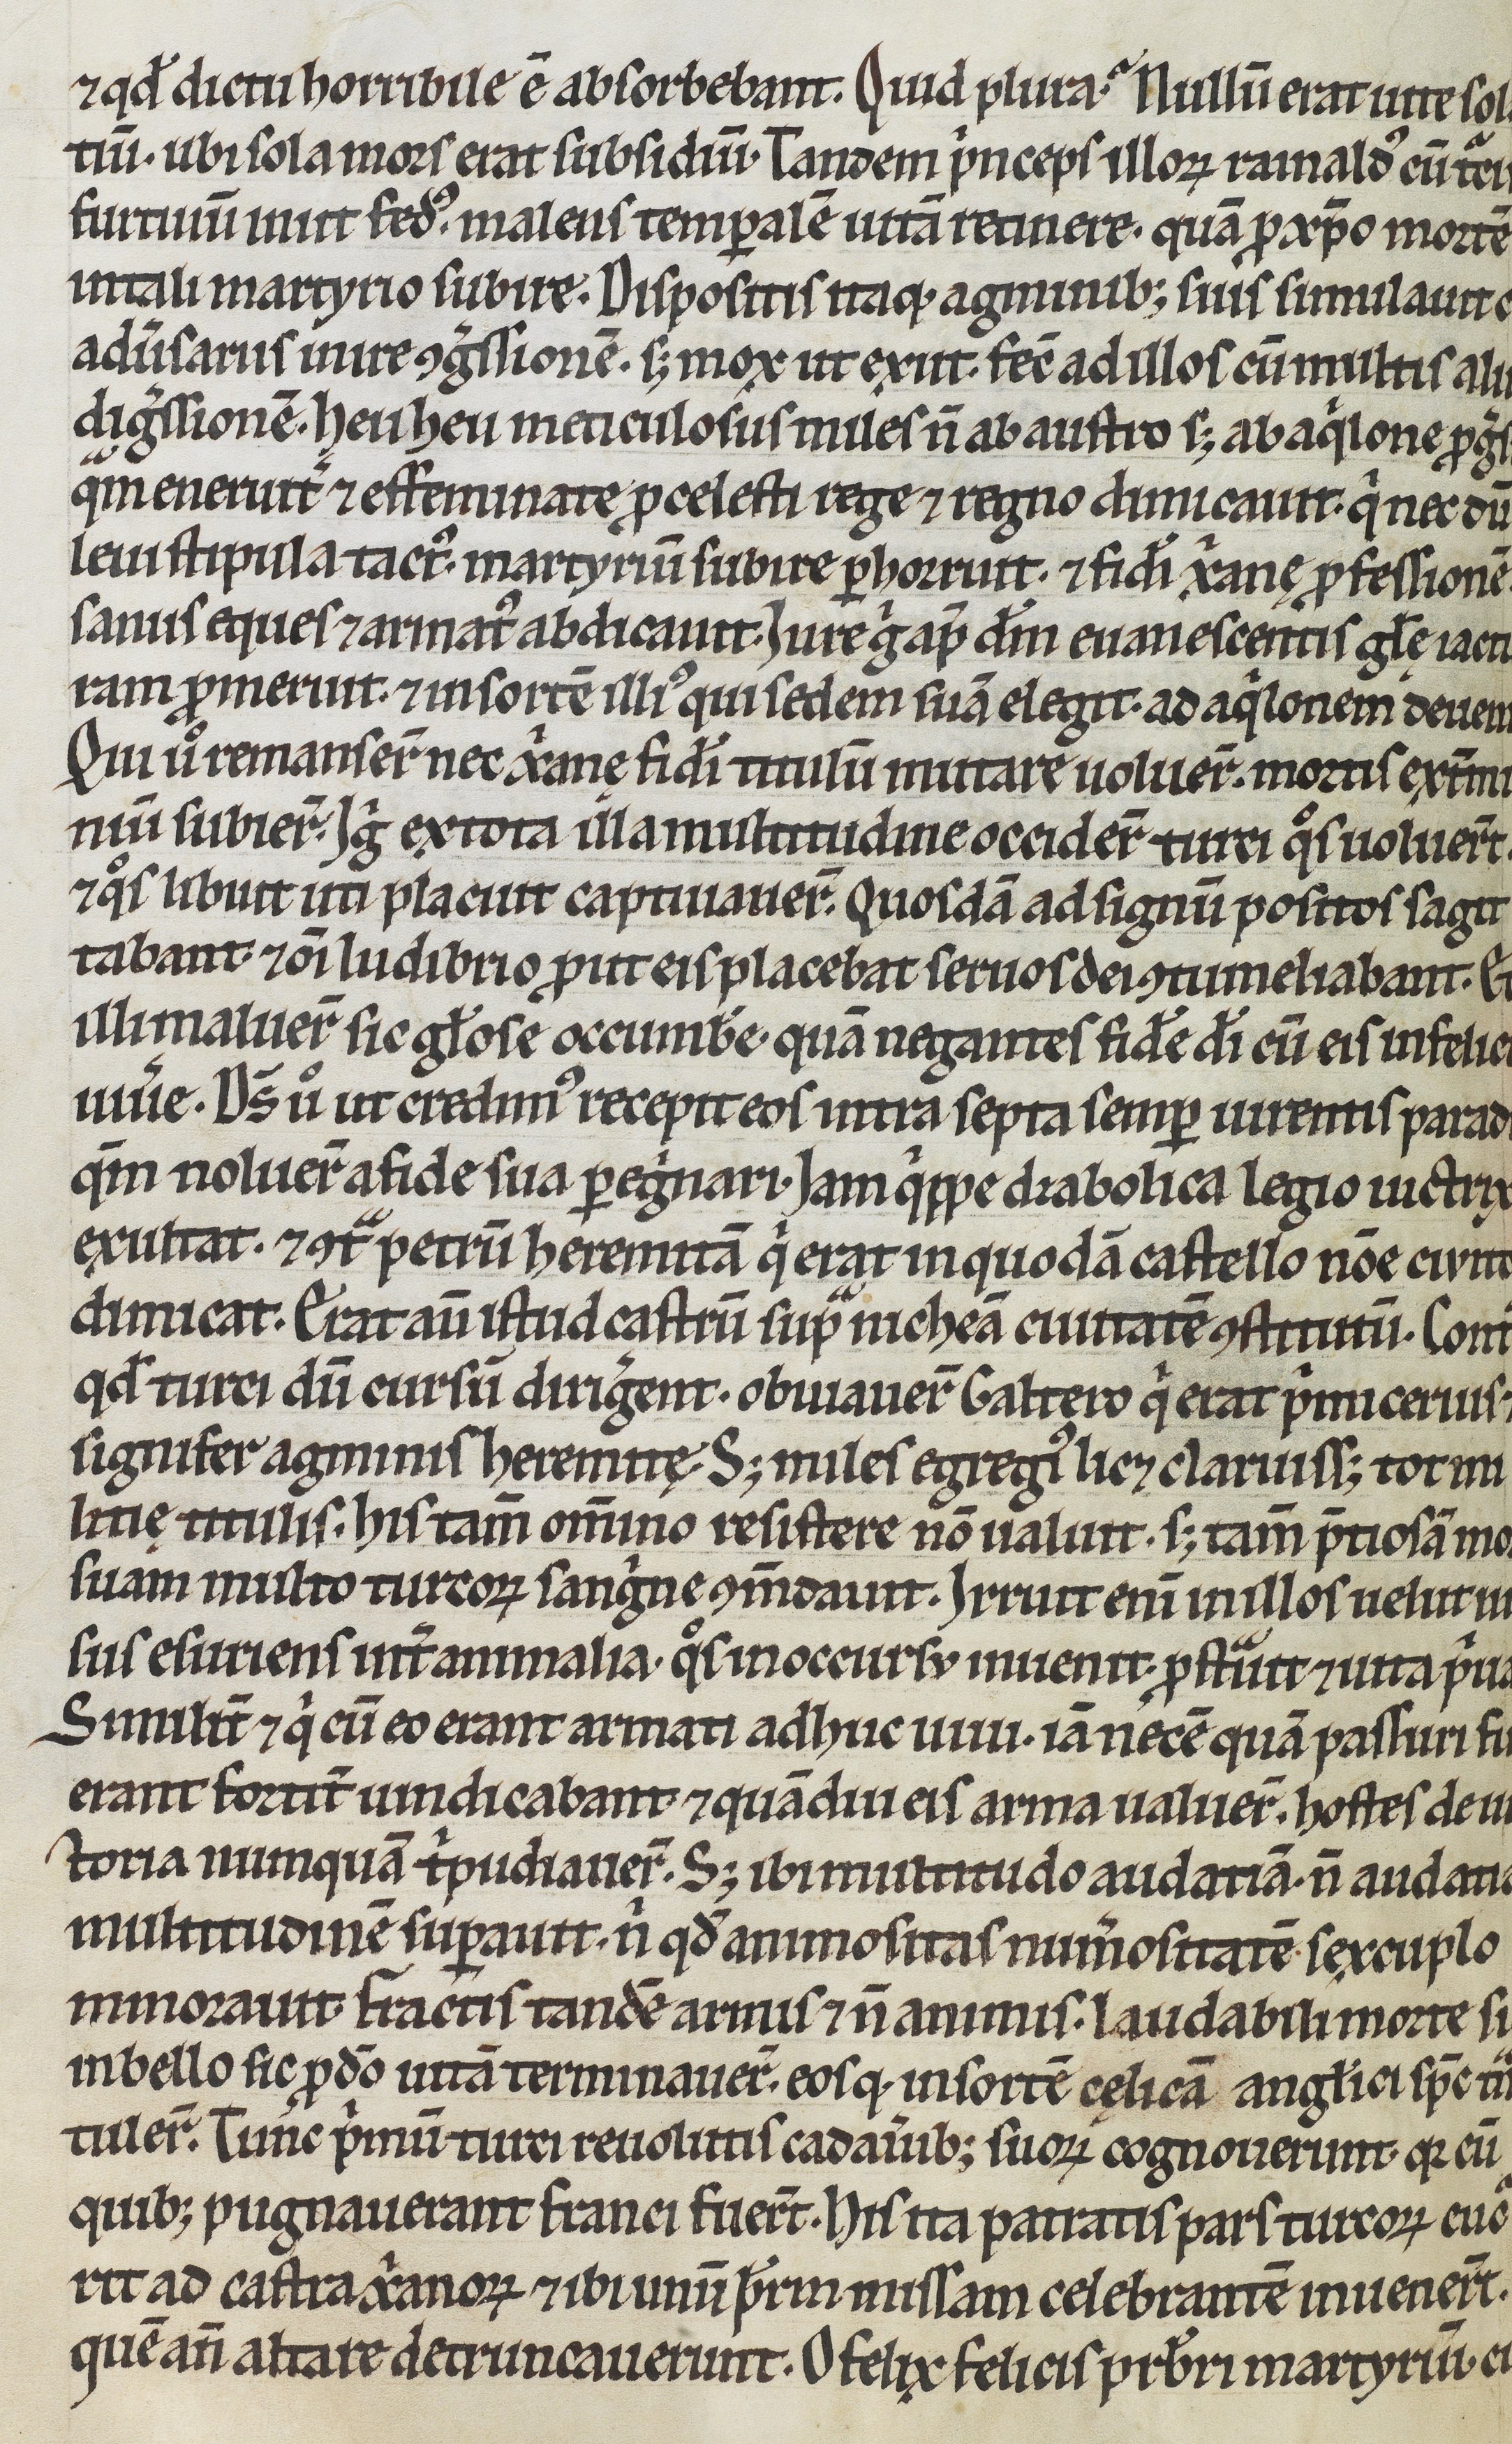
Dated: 1200–1299